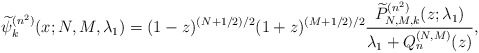
\begin{gather*} \widetilde{\psi }_{k}^{( n^{2}) }(x;N,M,\lambda _{1})=( 1-z) ^{( N+1/2) /2}(1+z) ^{( M+1/2) /2}\frac{\widetilde{P}_{N,M,k}^{( n^{2}) }( z; \lambda_1) }{ \lambda _{1}+Q_{n}^{(N,M) }(z) },\end{gather*}